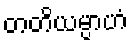
တတိယမ္ပာဟံ